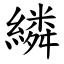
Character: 繗